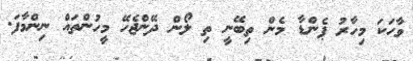
ވާހަކަ މިހާރު ޕެންޑާ މެން ތިބޭނީ ތި ލޯން ދޭންޖެހޭ މީހުންތައް ނިންމާފަ.